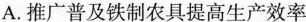
A.推广普及铁制农具提高生产效率